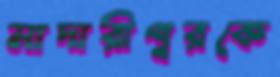
মাদারীপুরকে